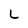
Character: L